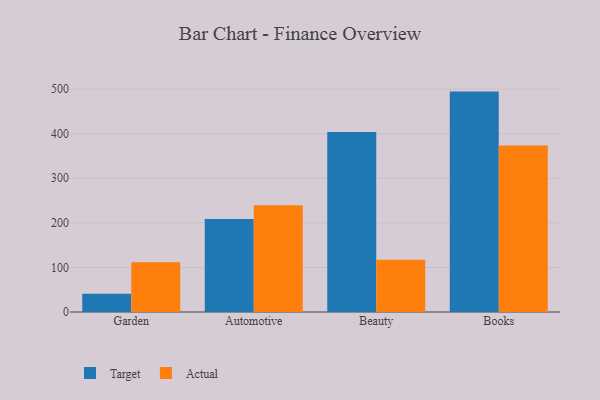
{"axis": {"x": "Category", "y": "Population (Million)"}, "legend": ["Actual", "Target"], "data": [{"x": "Garden", "y": 40.9, "type": "Target"}, {"x": "Garden", "y": 111.6, "type": "Actual"}, {"x": "Automotive", "y": 208.8, "type": "Target"}, {"x": "Automotive", "y": 239.6, "type": "Actual"}, {"x": "Beauty", "y": 403.8, "type": "Target"}, {"x": "Beauty", "y": 117.4, "type": "Actual"}, {"x": "Books", "y": 494.5, "type": "Target"}, {"x": "Books", "y": 373.5, "type": "Actual"}]}